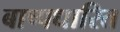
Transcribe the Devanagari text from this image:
बाष्पधारित